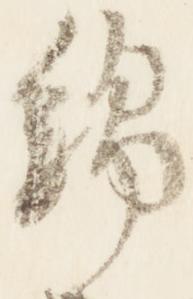
綿